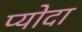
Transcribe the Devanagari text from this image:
प्योदा